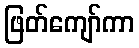
ဖြတ်ကျော်ကာ